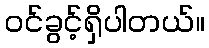
ဝင်ခွင့်ရှိပါတယ်။